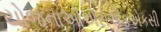
યોજનાઓએસએફએકસી